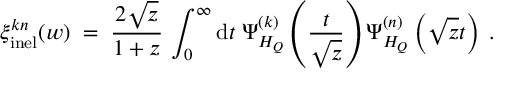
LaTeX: \xi _ { \mathrm { i n e l } } ^ { k n } ( w ) \; = \; \frac { 2 \sqrt { z } } { 1 + z } \, \int _ { 0 } ^ { \infty } \mathrm { d } t \; \Psi _ { H _ { Q } } ^ { ( k ) } \left( \frac { t } { \sqrt { z } } \right) \Psi _ { H _ { Q } } ^ { ( n ) } \left( \sqrt { z } t \right) \; .